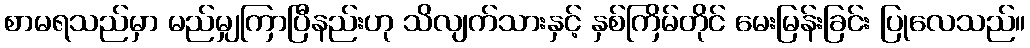
စာမရသည်မှာ မည်မျှကြာပြီနည်းဟု သိလျက်သားနှင့် နှစ်ကြိမ်တိုင် မေးမြန်းခြင်း ပြုလေသည်။